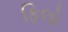
ફિલો